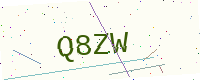
Text: Q8ZW